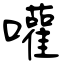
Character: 嚾